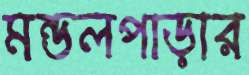
মন্ডলপাড়ার